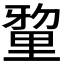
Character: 𮡘